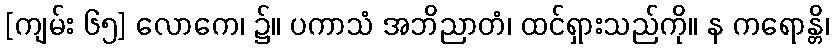
[ကျမ်း ၆၅] လောကေ၊ ၌။ ပကာသံ အဘိညာတံ၊ ထင်ရှားသည်ကို။ န ကရောန္တိ၊